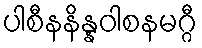
ပါစီနနိန္နဝါစနမဂ္ဂီ